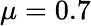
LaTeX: \mu=0.7